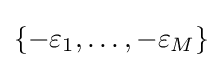
\{-\varepsilon _{1},\dots ,-\varepsilon _{M}\}